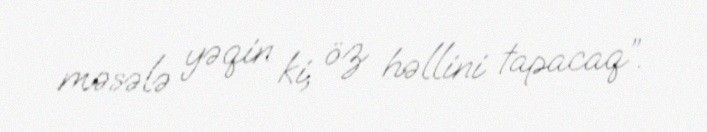
məsələ yəqin ki, öz həllini tapacaq”.